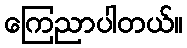
ကြေညာပါတယ်။